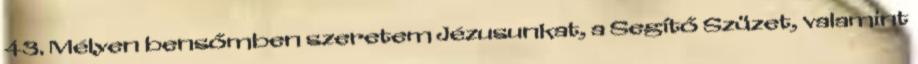
43. Mélyen bensőmben szeretem Jézusunkat, a Segítő Szüzet, valamint